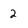
Character: 2